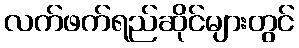
လက်ဖက်ရည်ဆိုင်များတွင်